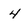
Character: 4